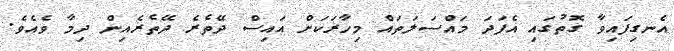
އެނގިފައިވާ ގޮތުގައި އެފަދަ މައްސަލަތައް މިހާރަކަށް އައިސް ދޭތެރެ ދޭތެރެއިން ދިމާ ވެއެވެ.